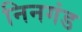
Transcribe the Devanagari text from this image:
निनगंड